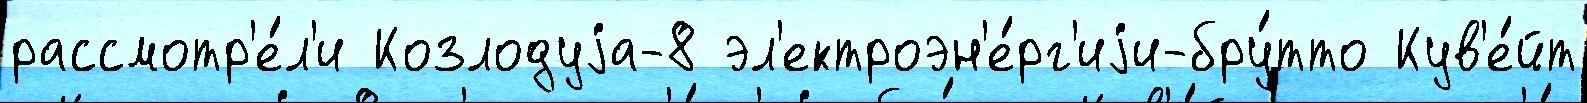
рассмотр'е́л'и Козлодуjа-8 эл'ектроэн'е́рг'иjи-бру́тто Кув'е́йт